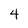
Character: 4